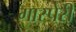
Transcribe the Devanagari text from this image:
गास्पेरी